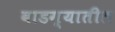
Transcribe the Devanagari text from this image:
वाडग्यातील